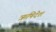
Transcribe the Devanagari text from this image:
ऋषिदेश